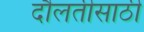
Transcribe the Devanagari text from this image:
दौलतीसाठी